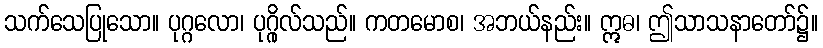
သက်သေပြုသော။ ပုဂ္ဂလော၊ ပုဂ္ဂိုလ်သည်။ ကတမောစ၊ အဘယ်နည်း။ ဣဓ၊ ဤသာသနာတော်၌။